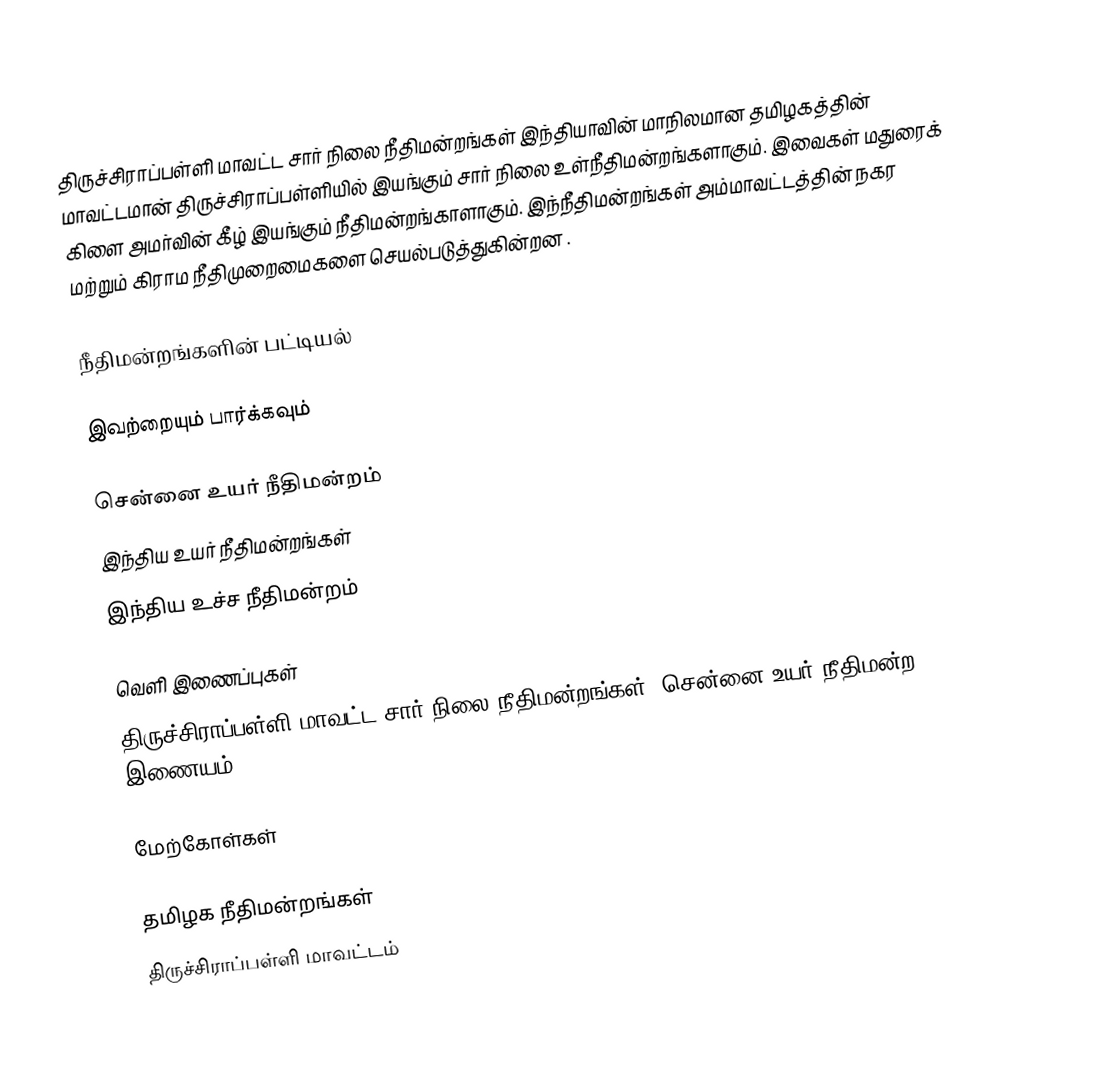
திருச்சிராப்பள்ளி மாவட்ட சார் நிலை நீதிமன்றங்கள் இந்தியாவின் மாநிலமான தமிழகத்தின் மாவட்டமான் திருச்சிராப்பள்ளியில் இயங்கும் சார் நிலை உள்நீதிமன்றங்களாகும். இவைகள் மதுரைக் கிளை அமர்வின் கீழ் இயங்கும் நீதிமன்றங்காளாகும். இந்நீதிமன்றங்கள் அம்மாவட்டத்தின் நகர மற்றும் கிராம நீதிமுறைமைகளை செயல்படுத்துகின்றன .

நீதிமன்றங்களின் பட்டியல்

இவற்றையும் பார்க்கவும்

சென்னை உயர் நீதிமன்றம்
இந்திய உயர் நீதிமன்றங்கள்
இந்திய உச்ச நீதிமன்றம்

வெளி இணைப்புகள்
திருச்சிராப்பள்ளி மாவட்ட சார் நிலை நீதிமன்றங்கள் -சென்னை உயர் நீதிமன்ற இணையம்

மேற்கோள்கள்

தமிழக நீதிமன்றங்கள்
திருச்சிராப்பள்ளி மாவட்டம்